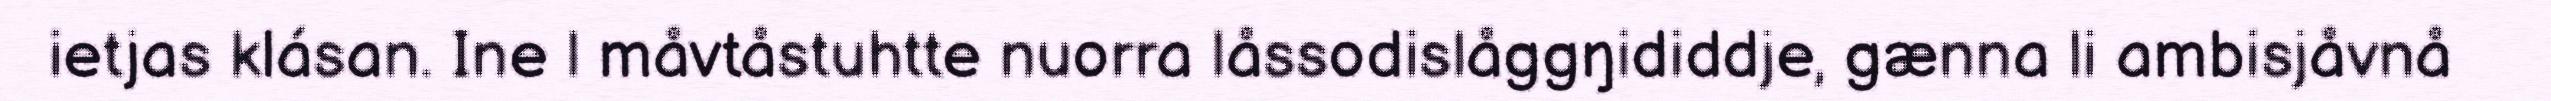
ietjas klásan. Ine l måvtåstuhtte nuorra låssodislåggŋididdje, gænna li ambisjåvnå